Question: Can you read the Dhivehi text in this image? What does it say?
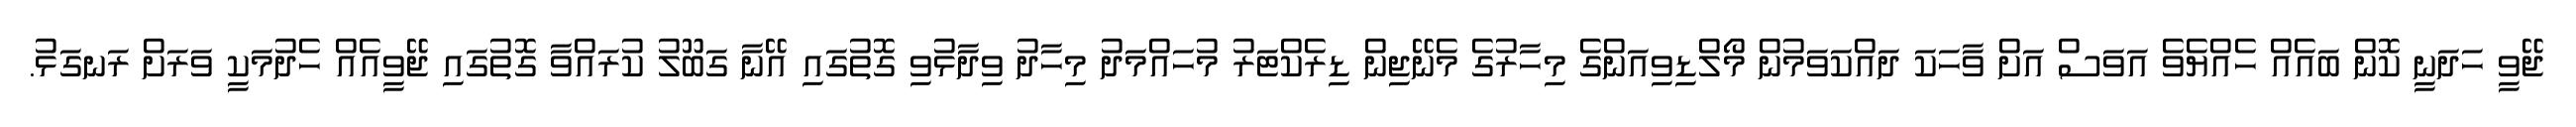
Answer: ޖޭވީ ހަދަނީ ކޮން ބައެއް ހެއްޔެވެ އަވަސް އަށް ވާހަކަ ދައްކަވަމުން މޯލްޑިވިއަންގެ މިހާރުގެ މެނޭޖިން ޑިރެކްޓަރު މުހައްމަދު މިހާދު ވިދާޅުވި ގޮތުގައި އޭނާ ގަބޫލު ކުރައްވާ ގޮތުގައި ޖޭވީއެއް ހެދުމަކީ ވަރަށް ރަނގަޅު.